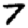
Digit: 7